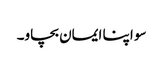
سو اپنا ایمان بچاو۔